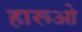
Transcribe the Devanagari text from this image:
हारूओ